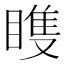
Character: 𬑠